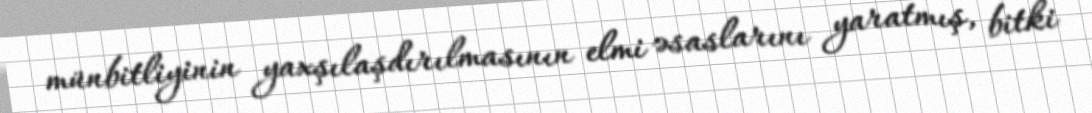
münbitliyinin yaxşılaşdırılmasının elmi əsaslarını yaratmış, bitki